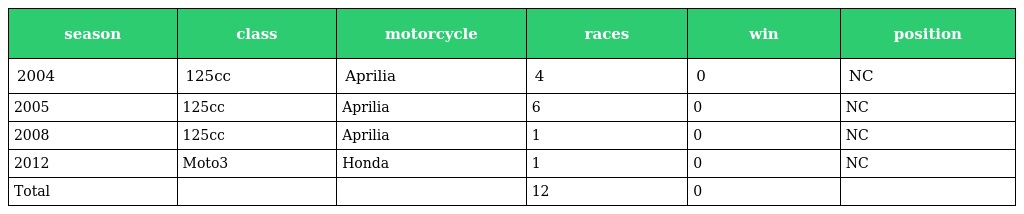
| season | class | motorcycle | races | win | position |
 | --- | --- | --- | --- | --- | --- |
 | 2004 | 125cc | Aprilia | 4 | 0 | NC |
 | 2005 | 125cc | Aprilia | 6 | 0 | NC |
 | 2008 | 125cc | Aprilia | 1 | 0 | NC |
 | 2012 | Moto3 | Honda | 1 | 0 | NC |
 | Total |  |  | 12 | 0 |  |